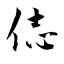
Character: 俧